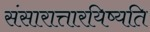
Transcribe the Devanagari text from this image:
संसारात्तारयिष्यति